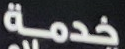
خدمة